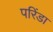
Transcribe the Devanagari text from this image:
परिंडा